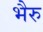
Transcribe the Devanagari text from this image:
भैरु